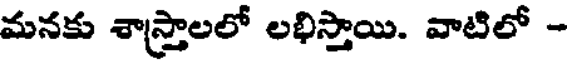
మనకు శాస్త్రాలలో లభిస్తాయి. వాటిలో -